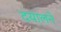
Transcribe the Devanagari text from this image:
दयालने